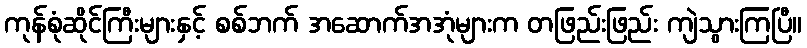
ကုန်စုံဆိုင်ကြီးများနှင့် စစ်ဘက် အဆောက်အအုံများက တဖြည်းဖြည်း ကျဲသွားကြပြီ။